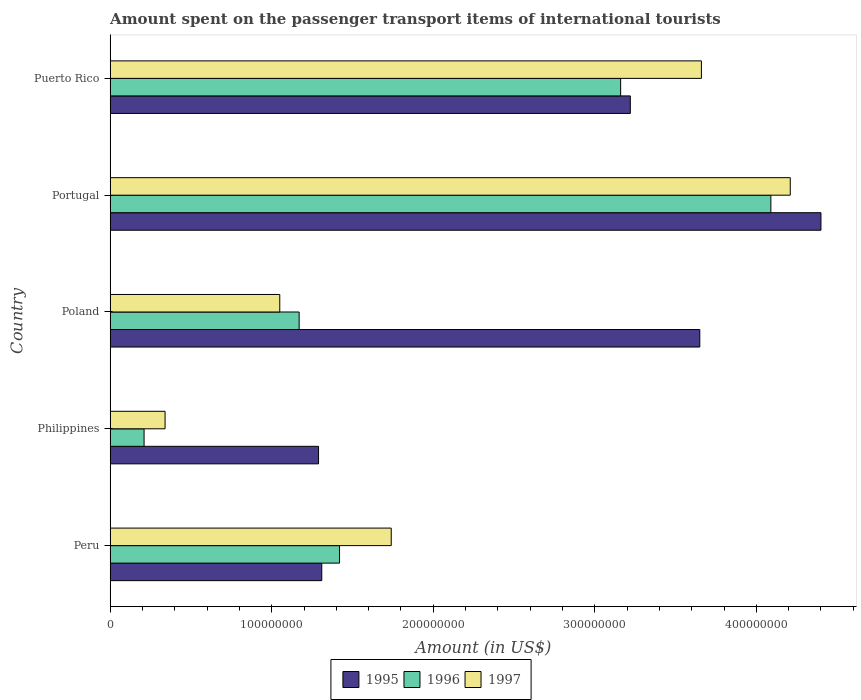
| Country | 1995 | 1996 | 1997 |
 | --- | --- | --- | --- |
 | Peru | 1.31e+08 | 1.42e+08 | 1.74e+08 |
 | Philippines | 1.29e+08 | 2.1e+07 | 3.4e+07 |
 | Poland | 3.65e+08 | 1.17e+08 | 1.05e+08 |
 | Portugal | 4.4e+08 | 4.09e+08 | 4.21e+08 |
 | Puerto Rico | 3.22e+08 | 3.16e+08 | 3.66e+08 |